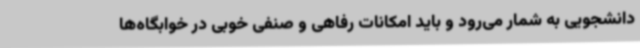
دانشجویی به شمار می‌رود و باید امکانات رفاهی و صنفی خوبی در خوابگاه‌ها